Cholera in India, 1862 to 1881
Year: 1862
Disease focus: Cholera
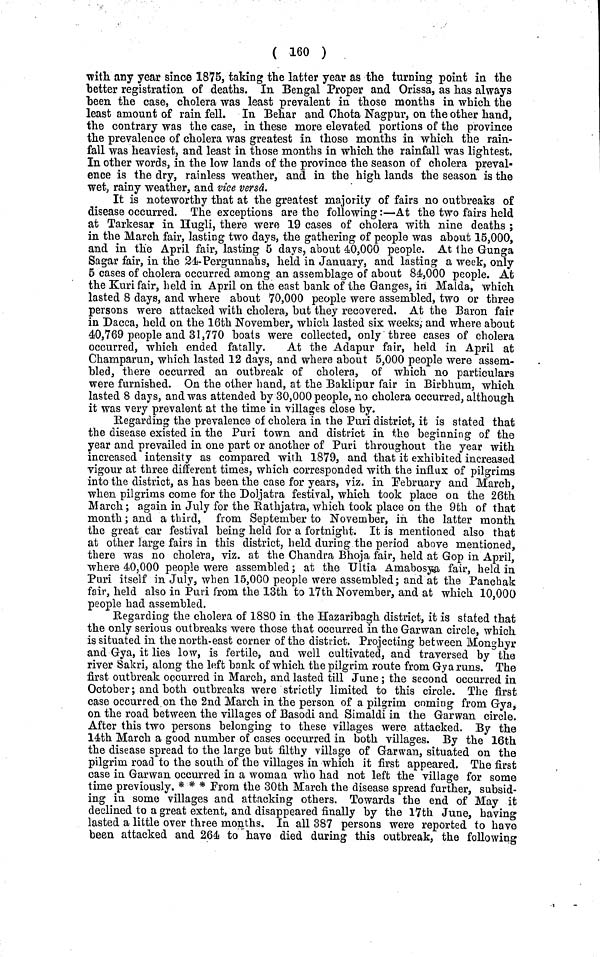
( 160 )
with any year since 1875, taking the latter year as the turning point in the
better registration of deaths. In Bengal Proper and Orissa, as has always
been the case, cholera was least prevalent in those months in which the
least amount of rain fell. In Behar and Chota Nagpur, on the other hand,
the contrary was the case, in these more elevated portions of the province
the prevalence of cholera was greatest in those months in which the rain-
fall was heaviest, and least in those months in which the rainfall was lightest.
In other words, in the low lands of the province the season of cholera preval-
ence is the dry, rainless weather, and in the high lands the season is the
wet, rainy weather, and vice versd.
It is noteworthy that at the greatest majority of fairs no outbreaks of
disease occurred. The exceptions are the following:—At the two fairs held
at Tarkesar in Hugli, there were 19 cases of cholera with nine deaths ;
in the March fair, lasting two days, the gathering of people was about 15,000,
and in the April fair, lasting 5 days, about 40,000 people. At the Gunga
Sagar fair, in the 24-Pergunnahs, held in January, and lasting a week, only
5 cases of cholera occurred among an assemblage of about 84,000 people. At
the Kuri fair, held in April on the east bank of the Ganges, in Malda, which
lasted 8 days, and where about 70,000 people were assembled, two or three
persons were attacked with cholera, but they recovered. At the Baron fair
in Dacca, held on the 16th November, which lasted six weeks,- and where about
40,769 people and 31,770 boats were collected, only three cases of cholera
occurred, which ended fatally.
At the Adapur fair, held in April at
Champarun, which lasted 12 days, and where about 5,000 people were assem-
bled, there occurred an outbreak of cholera, of which no particulars
were furnished. On the other hand, at the Baklipur fair in Birbhum, which
lasted 8 days, and was attended by 30,000 people, no cholera occurred, although
it was very prevalent at the time in villages close by.
Regarding the prevalence of cholera in the Puri district, it is stated that
the disease existed in the Puri town and district in the beginning of the
year and prevailed in one part or another of Puri throughout the year with
increased intensity as compared with 1879, and that it exhibited increased
vigour at three different times, which corresponded with the influx of pilgrims
into the district, as has been the case for years, viz. in February and March,
when pilgrims come for the Doljatra festival, which took place on the 26th
March; again in July for the Rathjatra, which took place on the 9th of that
month; and a third, from September to November, in the latter month
the great car festival being held for a fortnight. It is mentioned also that
at other large fairs in this district, held during the period above mentioned,
there was no cholera, viz. at the Chandra Bhoja fair, held at Gop in April,
where 40,000 people were assembled; at the Ultia Amabosya fair, held in
Puri itself in July, when 15,000 people were assembled; and at the Panchak
fair, held also in Puri from the 13th to 17th November, and at which 10,000
people had assembled.
Regarding the cholera of 1880 in the Hazaribagh district, it is stated that
the only serious outbreaks were those that occurred in the Garwan circle, which
is situated in the north-east corner of the district. Projecting between Monghyr
and Gya, it lies low, is fertile, and well cultivated, and traversed by the
river Sakri, along the left bank of which the pilgrim route from Gya runs. The
first outbreak occurred in March, and lasted till June; the second occurred in
October; and both outbreaks were strictly limited to this circle. The first
case occurred on the 2nd March in the person of a pilgrim coming from Gya,
on the road between the villages of Basodi and Simaldi in the Garwan circle.
After this two persons belonging to these villages were attacked. By the
14th March a good number of cases occurred in both villages. By the 16th
the disease spread to the large but filthy village of Garwan, situated on the
pilgrim road to the south of the villages in which it first appeared. The first
case in Garwan occurred in a woman who had not left the village for some
time previously. * * * From the 30th March the disease spread further, subsid-
ing in some villages and attacking others. Towards the end of May it
declined to a great extent, and disappeared finally by the 17th June, having
lasted a little over three months. In all 387 persons were reported to have
been attacked and 264 to have died during this outbreak, the following